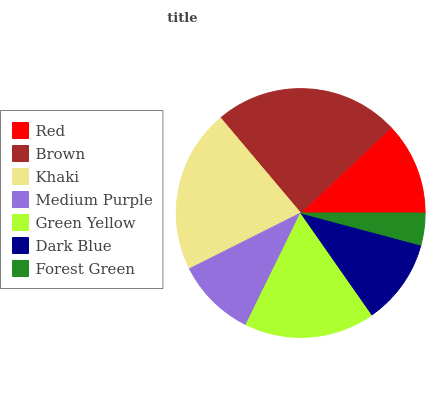
| Red | Brown | Khaki | Medium Purple | Green Yellow | Dark Blue | Forest Green |
 | --- | --- | --- | --- | --- | --- | --- |
 | 12% | 24% | 21.3% | 10.3% | 17% | 11.1% | 4.15% |